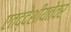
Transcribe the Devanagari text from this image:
एतद्देशीयतेवर